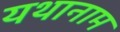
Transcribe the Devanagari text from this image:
यथानाम